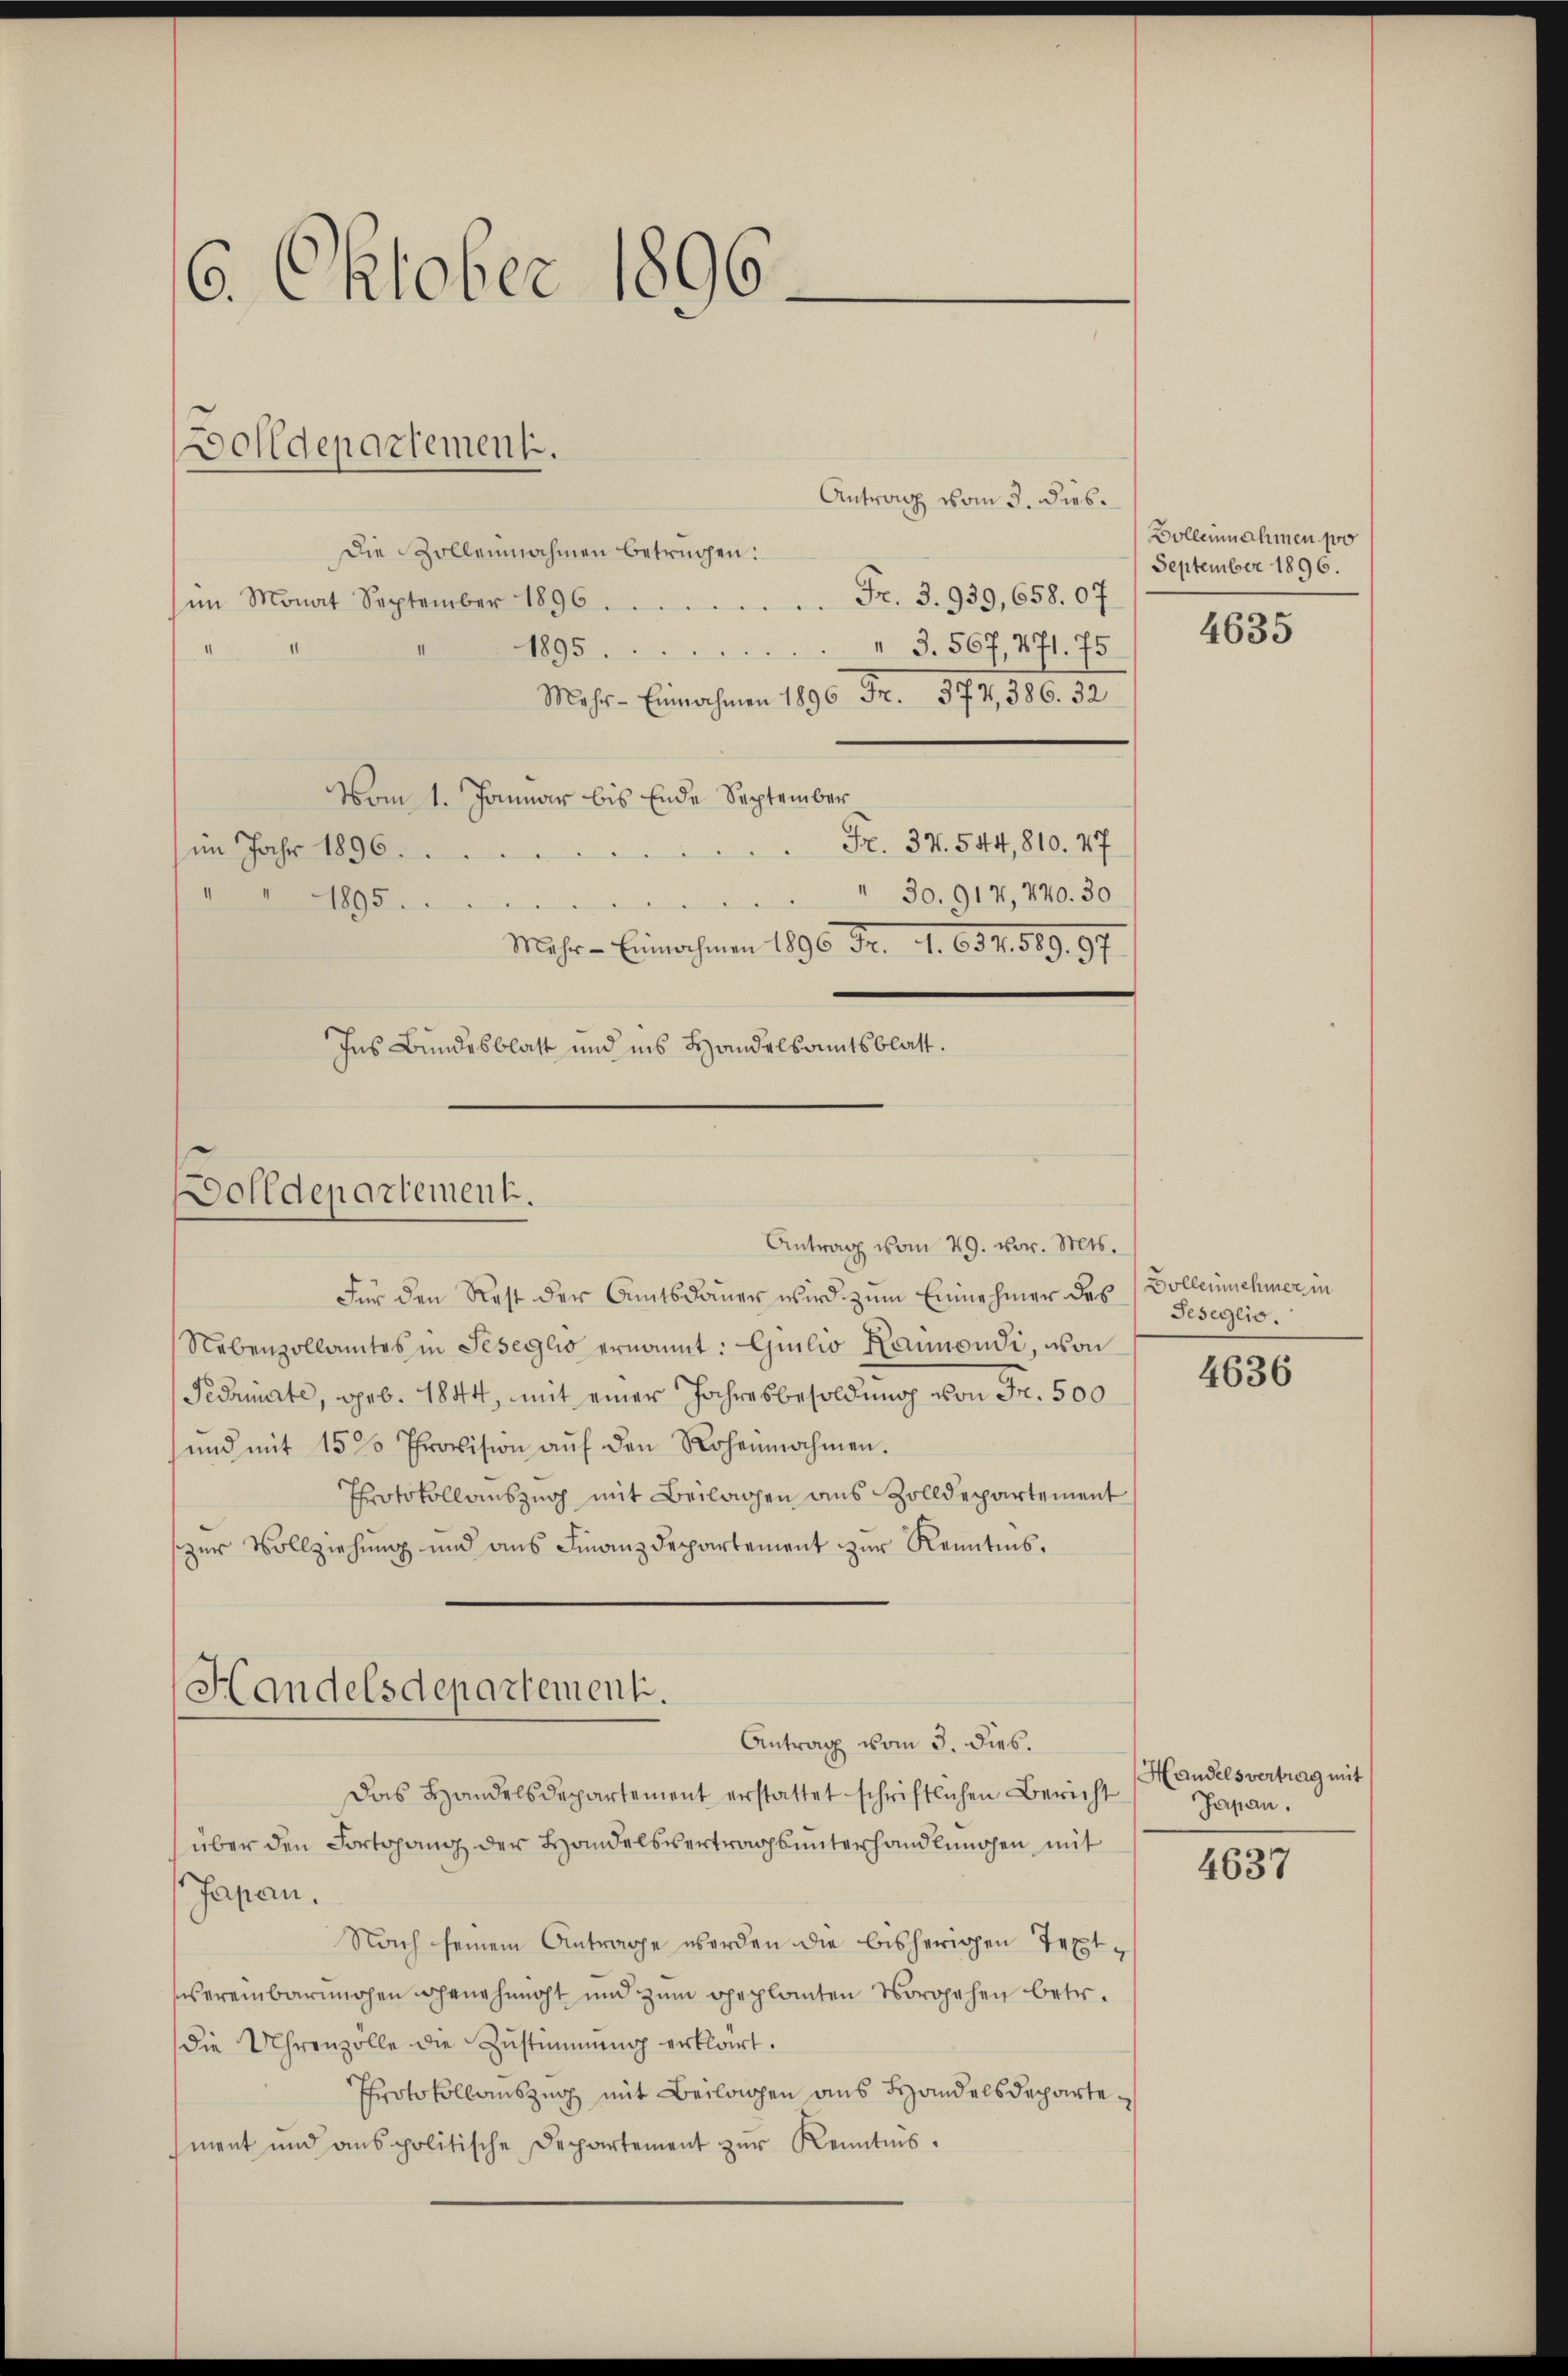
6. Oktober 1896.

Dolldepartement.

Antrag vom 3. dies
Die Zollennahmen betrügen:
Fr. 3. 939,658. 07.
im Monat September 1896
 §. 507, 471. 75
1895.
Mehr- Einnahmen 1896 Fr. 374, 586. 52
Vom 1. Januar bis Ende September
Fr. 34. 544, 810. 47
(im Jahr 1896.
e
30. 917, 740. 30
1895.
Mahr - Einnahmen 1896 Fr. 1. 634. 589. 57.
Ins Bundesblatt und ins Handelsamtsblatt.

Dolldepartement.

Für den Rest der Amtsdauer wird zum Einnehmer des Volleinehmer in
Nebenzollamtes in Jeseglio ernannt: Giulio Kannondi, von
Pedamnate, geb. 1844, mit einer Jahresbesoldung von Fr. 500
und mit 15 % Provision aŭf den Rohennahmen.
Protokollauszug mit Beilagen aus Zolldepartement
zŭr Vollziehŭng und ans Finanzdepartement zŭr Kenntnis.

Antrag vom 29. vor. Mts.

Handelsdepartement.
Antrag vom 3. dies.

Das Handelsdepartement erstattet schriftlichen Bericht
über den Fortgang der Handelsvertragsunterhandlungen mit
Japan,
Nach seinem Antrage werden die bisherigen Textvereinbarmchen genehmnaht und zum geplanten Vorgehen betr.
die Uhrenzolle die Zustimmung erklärt.
Protokollauszug mit Beilagen aus Handelsdepartement und anspolitische Departement zŭr Kenntnis.

Dolleinnahmen po
September 1896.
4635

Geseglio.

4636

Handelsvertrag mit
Japan.

4637